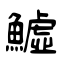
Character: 鱋